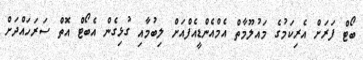
ބޯޓް ފަރަށް އެރިކަމުގެ މައުލޫމާތް އެމްއެންޑީއެފްއަށް ލިބުމާއި ގުޅިގެން އެބޯޓް އޮތް ސަރަހައްދަށް